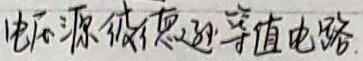
电压源彼德逊等值电路